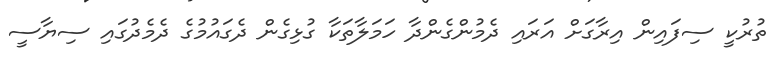
ތުރުކީ ސިފައިން އިރާގަށް އަރައި ދެމުންގެންދާ ހަމަލާތަކާ ގުޅިގެން ދެގައުމުގެ ދެމެދުގައި ސިޔާސީ